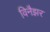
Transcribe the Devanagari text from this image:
विनैझर